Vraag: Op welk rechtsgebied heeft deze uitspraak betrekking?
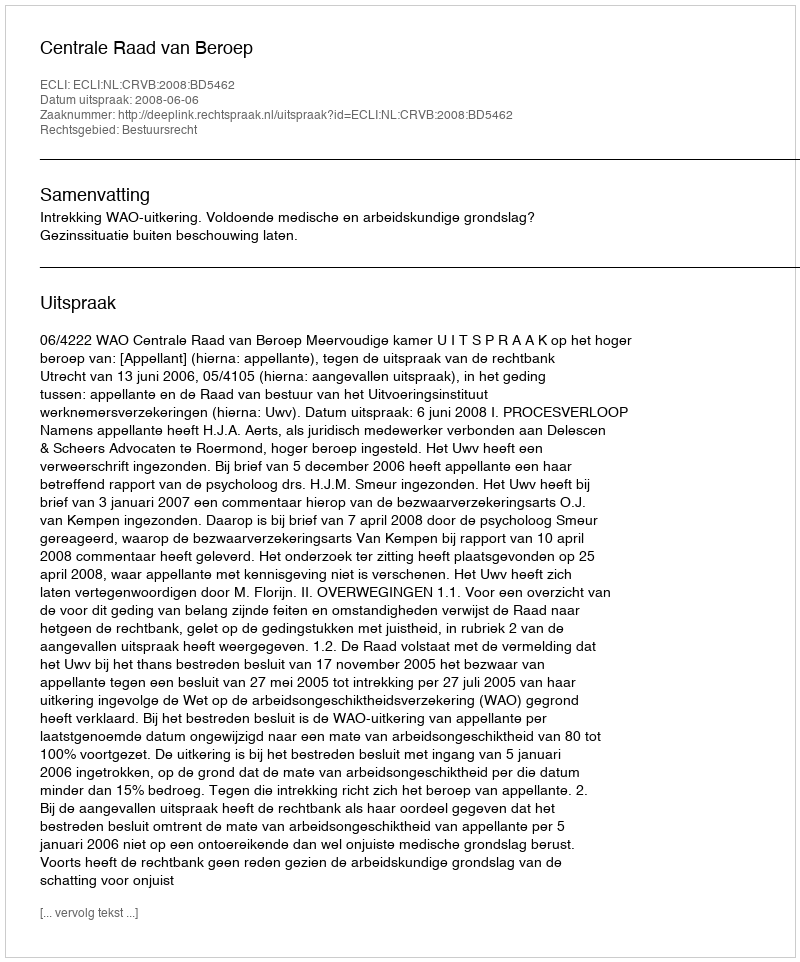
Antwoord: Bestuursrecht